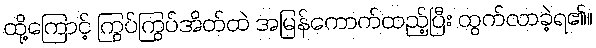
ထို့ကြောင့် ကြွပ်ကြွပ်အိတ်ထဲ အမြန်ကောက်ထည့်ပြီး ထွက်လာခဲ့ရ၏။